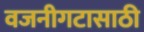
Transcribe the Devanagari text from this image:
वजनीगटासाठी